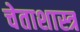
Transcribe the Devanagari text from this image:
चेताशास्त्र